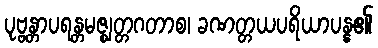
ပုဗ္ဗန္တာပရန္တမဇ္ဈတ္တဂတာစ၊ ခဏတ္တယပရိယာပန္န၏